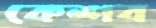
কেশব